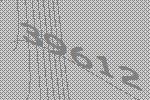
39612